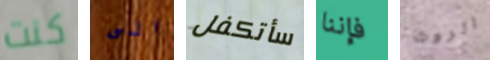
كنت الى سأتكفل فإننا الروث